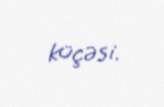
küçəsi.